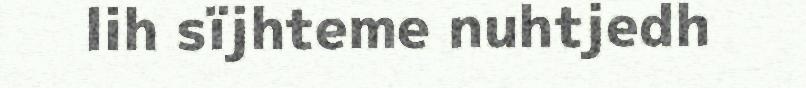
lih sïjhteme nuhtjedh